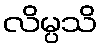
လိမ္ပသိ